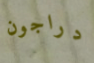
دراجون